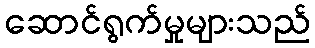
ဆောင်ရွက်မှုများသည်